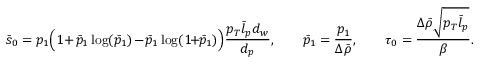
\bar { s } _ { 0 } = p _ { 1 } \Bigl ( 1 + \bar { p } _ { 1 } \log ( \bar { p } _ { 1 } ) - \bar { p } _ { 1 } \log ( 1 \! + \! \bar { p } _ { 1 } ) \Bigr ) \frac { p _ { T } \bar { l } _ { p } d _ { w } } { d _ { p } } , \qquad \bar { p } _ { 1 } = \frac { p _ { 1 } } { \Delta \bar { \rho } } , \qquad \tau _ { 0 } = \frac { \Delta \bar { \rho } \sqrt { p _ { T } \bar { l } _ { p } } } { \beta } .